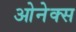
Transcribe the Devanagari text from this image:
ओनेक्स